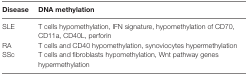
| Disease | DNA methylation |
 | --- | --- |
 | SLE | T cells hypomethylation, IFN signature, hypomethylation of CD70, CD11a, CD40L, perforin |
 | RA | T cells and CD40 hypomethylation, synoviocytes hypermethylation |
 | SSc | T cells and fibroblasts hypomethylation, Wnt pathway genes hypermethylation |